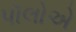
પૉલોએ